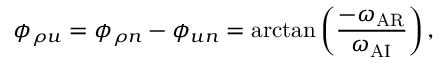
\phi _ { \rho u } = \phi _ { \rho n } - \phi _ { u n } = \arctan \left( \frac { - \omega _ { \mathrm { A R } } } { \omega _ { \mathrm { A I } } } \right) ,